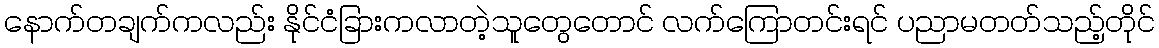
နောက်တချက်ကလည်း နိုင်ငံခြားကလာတဲ့သူတွေတောင် လက်ကြောတင်းရင် ပညာမတတ်သည့်တိုင်